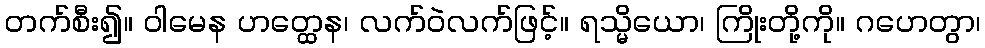
တက်စီး၍။ ဝါမေန ဟတ္ထေန၊ လက်ဝဲလက်ဖြင့်။ ရသ္မိယော၊ ကြိုးတို့ကို။ ဂဟေတွာ၊